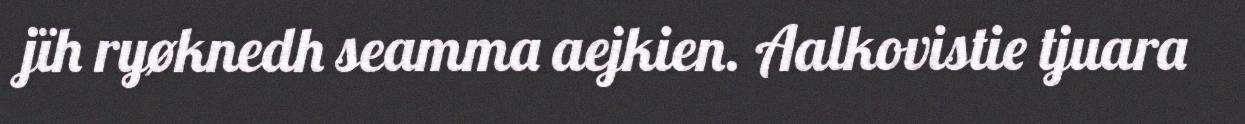
jïh ryøknedh seamma aejkien. Aalkovistie tjuara